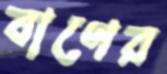
বাণের